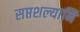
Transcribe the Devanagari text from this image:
सप्तशल्यानि